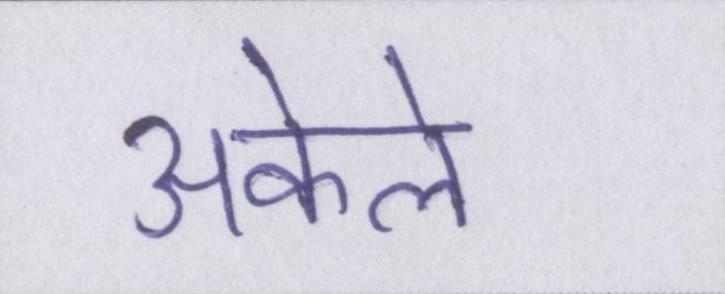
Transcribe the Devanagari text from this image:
अकेले